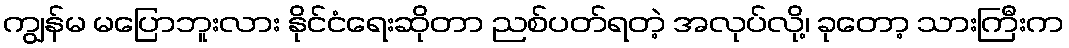
ကျွန်မ မပြောဘူးလား နိုင်ငံရေးဆိုတာ ညစ်ပတ်ရတဲ့ အလုပ်လို့၊ ခုတော့ သားကြီးက